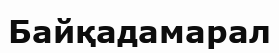
Байқадамарал